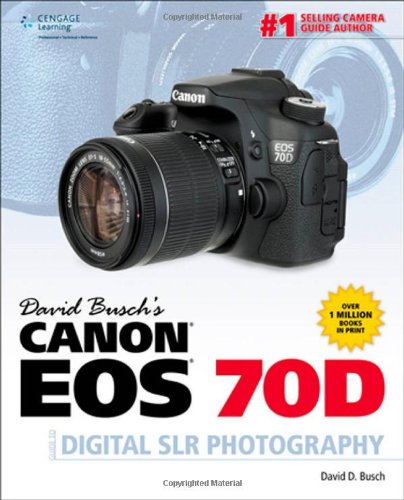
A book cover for David Busch's Canon EOS 70D Guide to Digital SLR Photography (David Busch's Digital Photography Guides); David D. Busch; Arts & Photography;